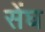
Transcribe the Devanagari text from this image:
सेंघ